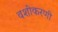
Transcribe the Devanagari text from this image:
वशीकरणी